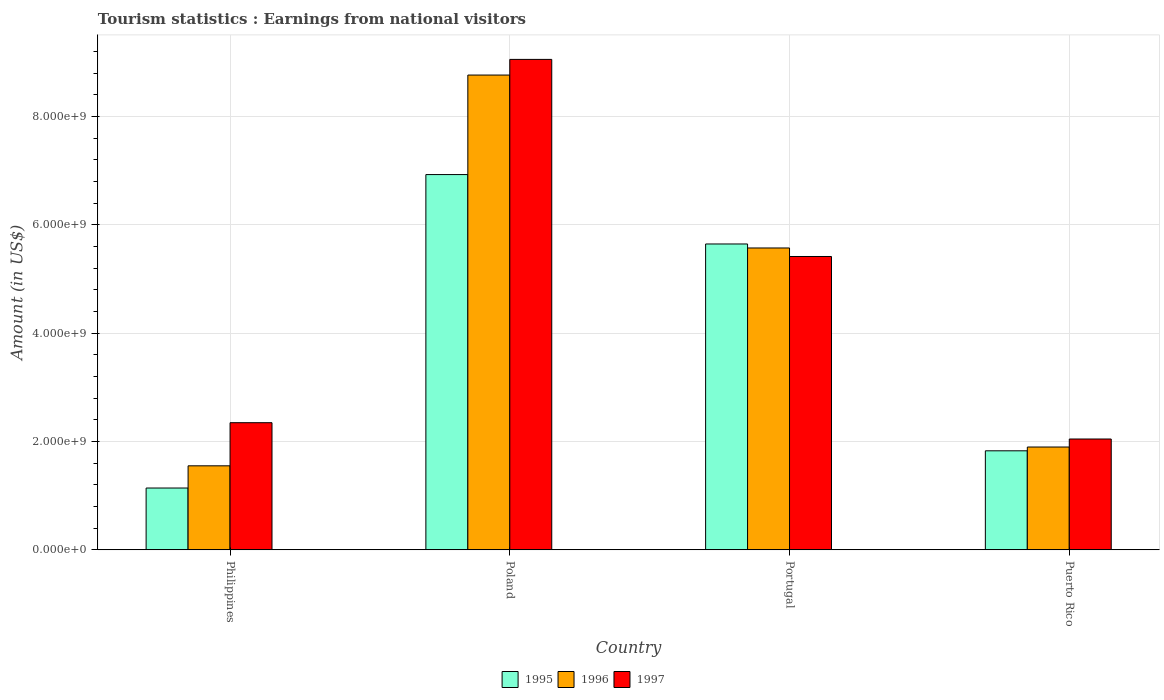
| Country | 1995 | 1996 | 1997 |
 | --- | --- | --- | --- |
 | Philippines | 1.14e+09 | 1.55e+09 | 2.35e+09 |
 | Poland | 6.93e+09 | 8.76e+09 | 9.05e+09 |
 | Portugal | 5.65e+09 | 5.57e+09 | 5.42e+09 |
 | Puerto Rico | 1.83e+09 | 1.9e+09 | 2.05e+09 |